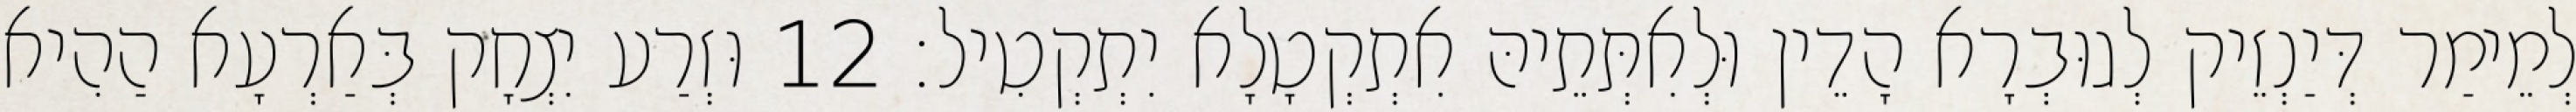
לְמֵימַר דְּיַנְזֵיק לְגוּבְרָא הָדֵין וּלְאִתְּתֵיהּ אִתְקְטָלָא יִתְקְטִיל׃ 12 וּזְרַע יִצְחָק בְּאַרְעָא הַהִיא